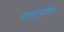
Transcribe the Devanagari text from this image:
हायपरसोनिक